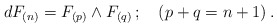
\begin{align*}dF_{(n)}= F_{(p)}\wedge F_{(q)}\, ; \ \ \ (p+q=n+1)\, .\end{align*}